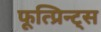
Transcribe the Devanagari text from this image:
फूत्प्रिन्ट्स